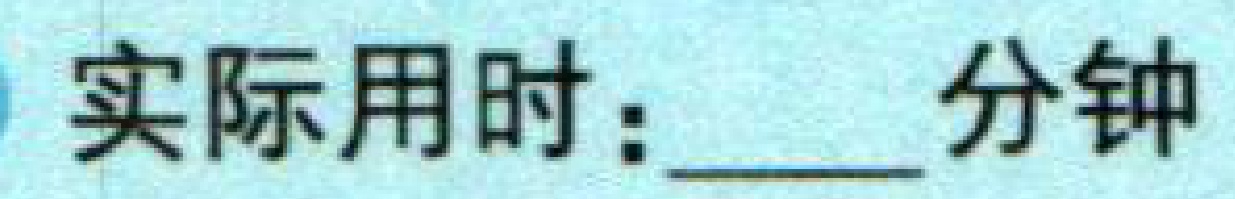
实际用时：____分钟